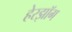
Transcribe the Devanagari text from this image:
हेरझॉग